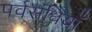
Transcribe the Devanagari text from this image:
पर्वसंधियाँ